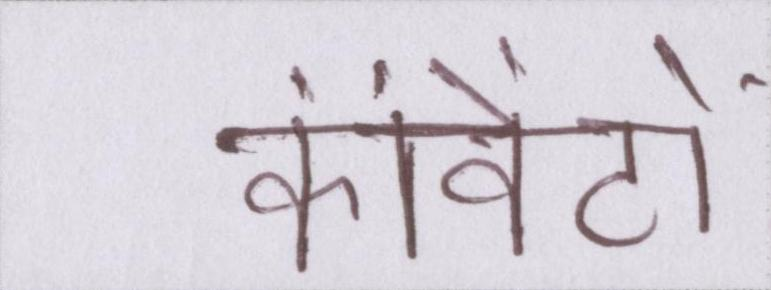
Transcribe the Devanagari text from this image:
कांवेंटों